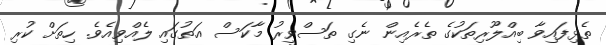
ތެޅިފައިވާ ބިއްލޫރިތަކުގެ ތެރެއިން ނެގި ތަސްވީރު މާކަސް އަތުގައި ލެއްވިއެވެ. ހިތަށް ކުރި